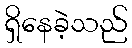
ရှိနေခဲ့သည်